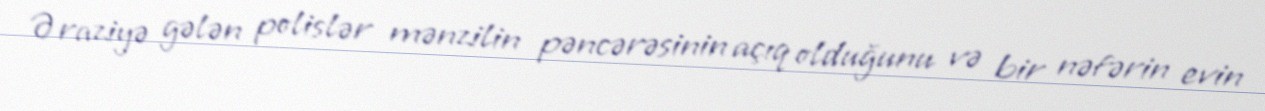
Əraziyə gələn polislər mənzilin pəncərəsinin açıq olduğunu və bir nəfərin evin